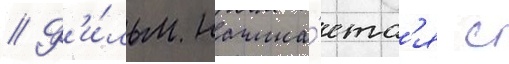
// Ф'и́льм начина́етс'я с